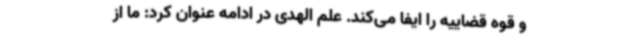
و قوه قضاییه را ایفا می‌کند. علم الهدی در ادامه عنوان کرد: ما از